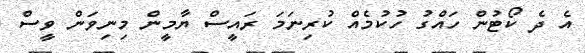
އެ ދެ ކޯޓުން ހައްގު ހުކުމެއް ކުރިނަމަ ރައީސް ޔާމީން މިނިވަން ވީސް